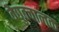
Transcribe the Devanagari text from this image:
वैद्युतचालक